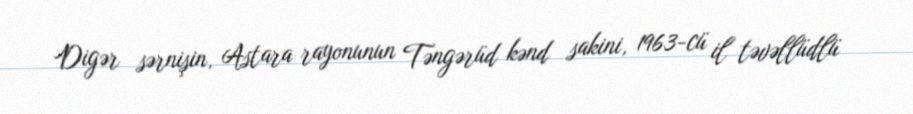
Digər sərnişin, Astara rayonunun Təngərüd kənd sakini, 1963-cü il təvəllüdlü